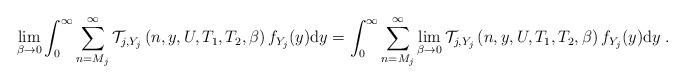
LaTeX: \begin{align*}&\lim_{\beta\to0}\int_{0}^{\infty}\sum_{n=M_{j}}^{\infty}\mathcal{T}_{j,Y_{j}}\left(n,y,U,T_{1},T_{2},\beta\right)f_{Y_{j}}(y){\rm d}y=\int_{0}^{\infty}\sum_{n=M_{j}}^{\infty}\lim_{\beta\to0}\mathcal{T}_{j,Y_{j}}\left(n,y,U,T_{1},T_{2},\beta\right)f_{Y_{j}}(y){\rm d}y\;.\end{align*}